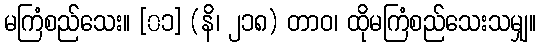
မကြံစည်သေး။ [၀၁] (နိ၊ ၂၁၈) တာဝ၊ ထိုမကြံစည်သေးသမျှ။